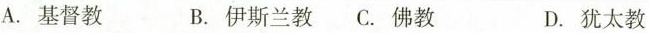
A. 基督教 B. 伊斯兰教 C. 佛教 D. 犹太教